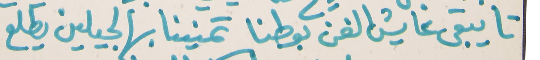
تا يبقى عايش الفن بوطنا   تمنينا بهالجيلين يطلع